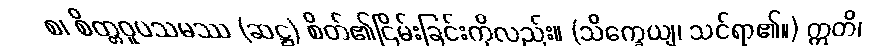
စ၊ စိတ္တဝူပသမဿ (ဆဋ္ဌ) စိတ်၏ငြိမ်းခြင်းကိုလည်း။ (သိက္ခေယျ၊ သင်ရာ၏။) ဣတိ၊